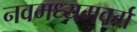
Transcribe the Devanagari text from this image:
नवमध्यमवर्ग